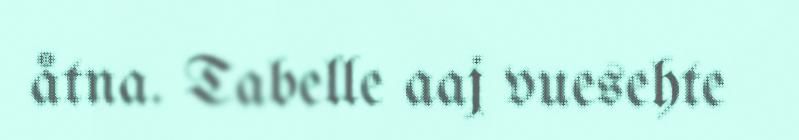
åtna. Tabelle aaj vuesehte